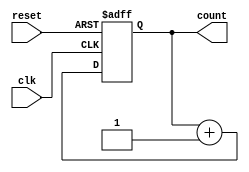
module synchronous_counter (
    input wire clk,
    input wire reset,
    output reg [7:0] count
);

reg [7:0] next_count;

always @ (posedge clk or posedge reset) begin
    if (reset) begin
        next_count <= 8'b00000000; // Specify initial value here
    end else begin
        next_count <= count + 1;
    end
end

always @ * begin
    count <= next_count;
end

endmodule